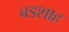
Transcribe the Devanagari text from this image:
बडशाह